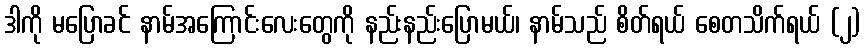
ဒါကို မပြောခင် နာမ်အကြောင်းလေးတွေကို နည်းနည်းပြောမယ်၊ နာမ်သည် စိတ်ရယ် စေတသိက်ရယ် (၂)